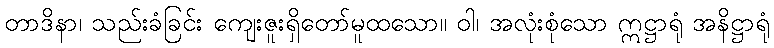
တာဒိနာ၊ သည်းခံခြင်း ကျေးဇူးရှိတော်မူထသော။ ဝါ၊ အလုံးစုံသော ဣဋ္ဌာရုံ အနိဋ္ဌာရုံ